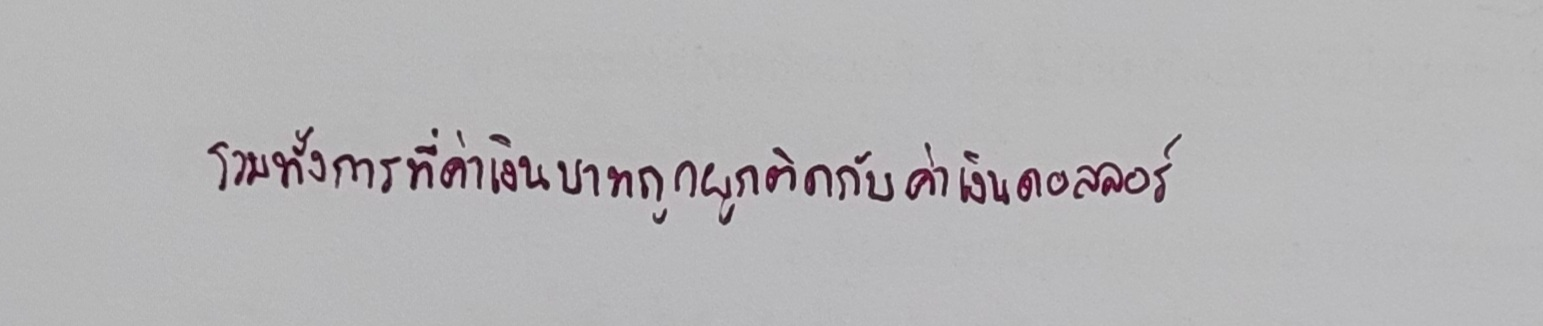
รวมทั้งการที่ค่าเงินบาทถูกผูกติดกับค่าเงินดอลลาร์